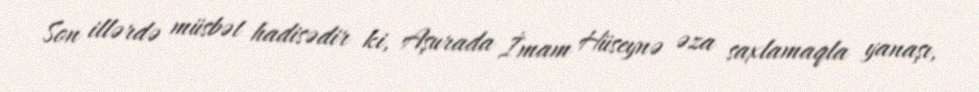
Son illərdə müsbət hadisədir ki, Aşurada İmam Hüseynə əza saxlamaqla yanaşı,